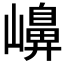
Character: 𡽶